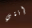
إنتي